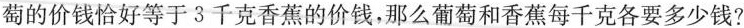
萄的价钱恰好等于3千克香蕉的价钱，那么葡萄和香蕉每千克各要多少钱?